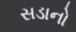
સડાનો